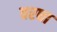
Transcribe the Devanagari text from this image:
वरधा